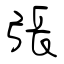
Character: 張